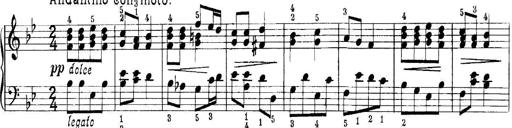
Title: Quatres sonatines
Composer: Tadeusz Joteyko